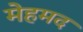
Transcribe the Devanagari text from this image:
मेहमद